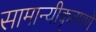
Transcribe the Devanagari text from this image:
सामान्यीकृतपणे